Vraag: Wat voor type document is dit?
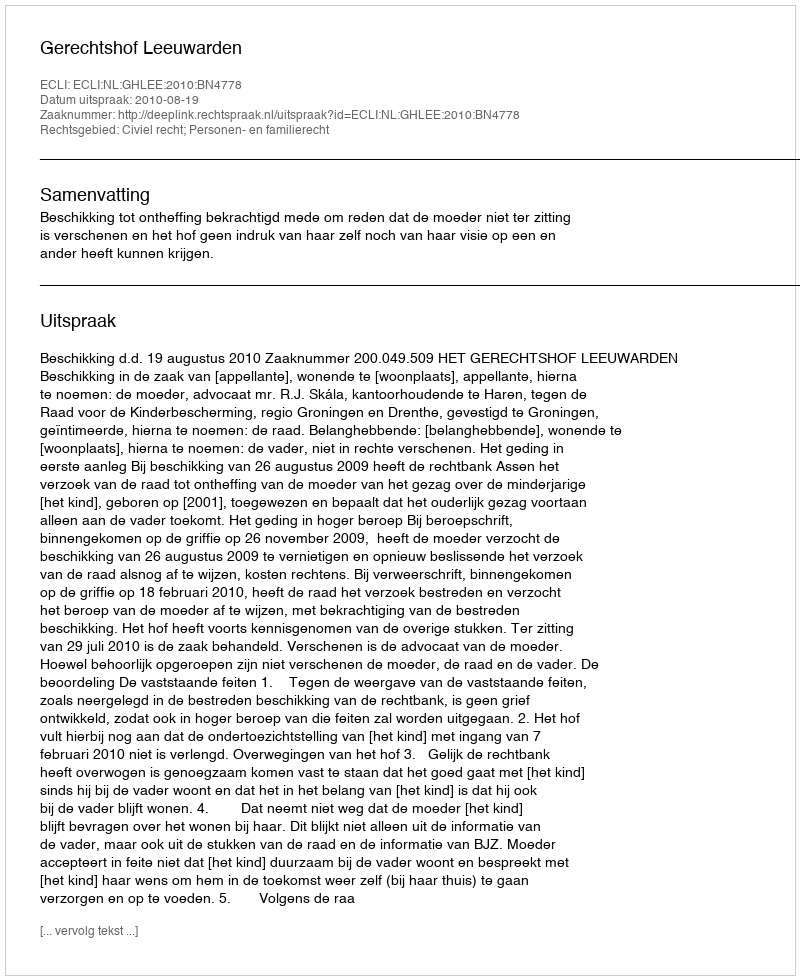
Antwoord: Uitspraak